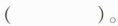
()。